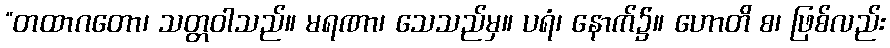
“တထာဂတော၊ သတ္တဝါသည်။ မရဏာ၊ သေသည်မှ။ ပရံ၊ နောက်၌။ ဟောတိ စ၊ ဖြစ်လည်း